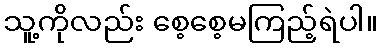
သူ့ကိုလည်း စေ့စေ့မကြည့်ရဲပါ။